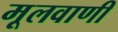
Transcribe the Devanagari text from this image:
मूलवाणी